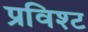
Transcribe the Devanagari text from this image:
प्रविश्ट